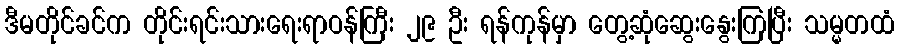
ဒီမတိုင်ခင်က တိုင်းရင်းသားရေးရာဝန်ကြီး ၂၉ ဦး ရန်ကုန်မှာ တွေ့ဆုံဆွေးနွေးကြပြီး သမ္မတထံ